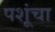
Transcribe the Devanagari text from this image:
पशूंचा